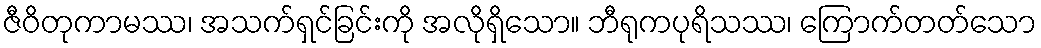
ဇီဝိတုကာမဿ၊ အသက်ရှင်ခြင်းကို အလိုရှိသော။ ဘီရုကပုရိသဿ၊ ကြောက်တတ်သော